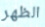
الظهر